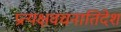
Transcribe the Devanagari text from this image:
प्रत्यक्षवचनातिदेश